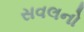
સવલનો